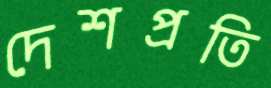
দেশপ্রতি